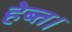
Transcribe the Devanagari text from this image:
हेब्त।